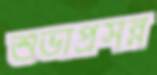
শুভাপ্রসন্ন